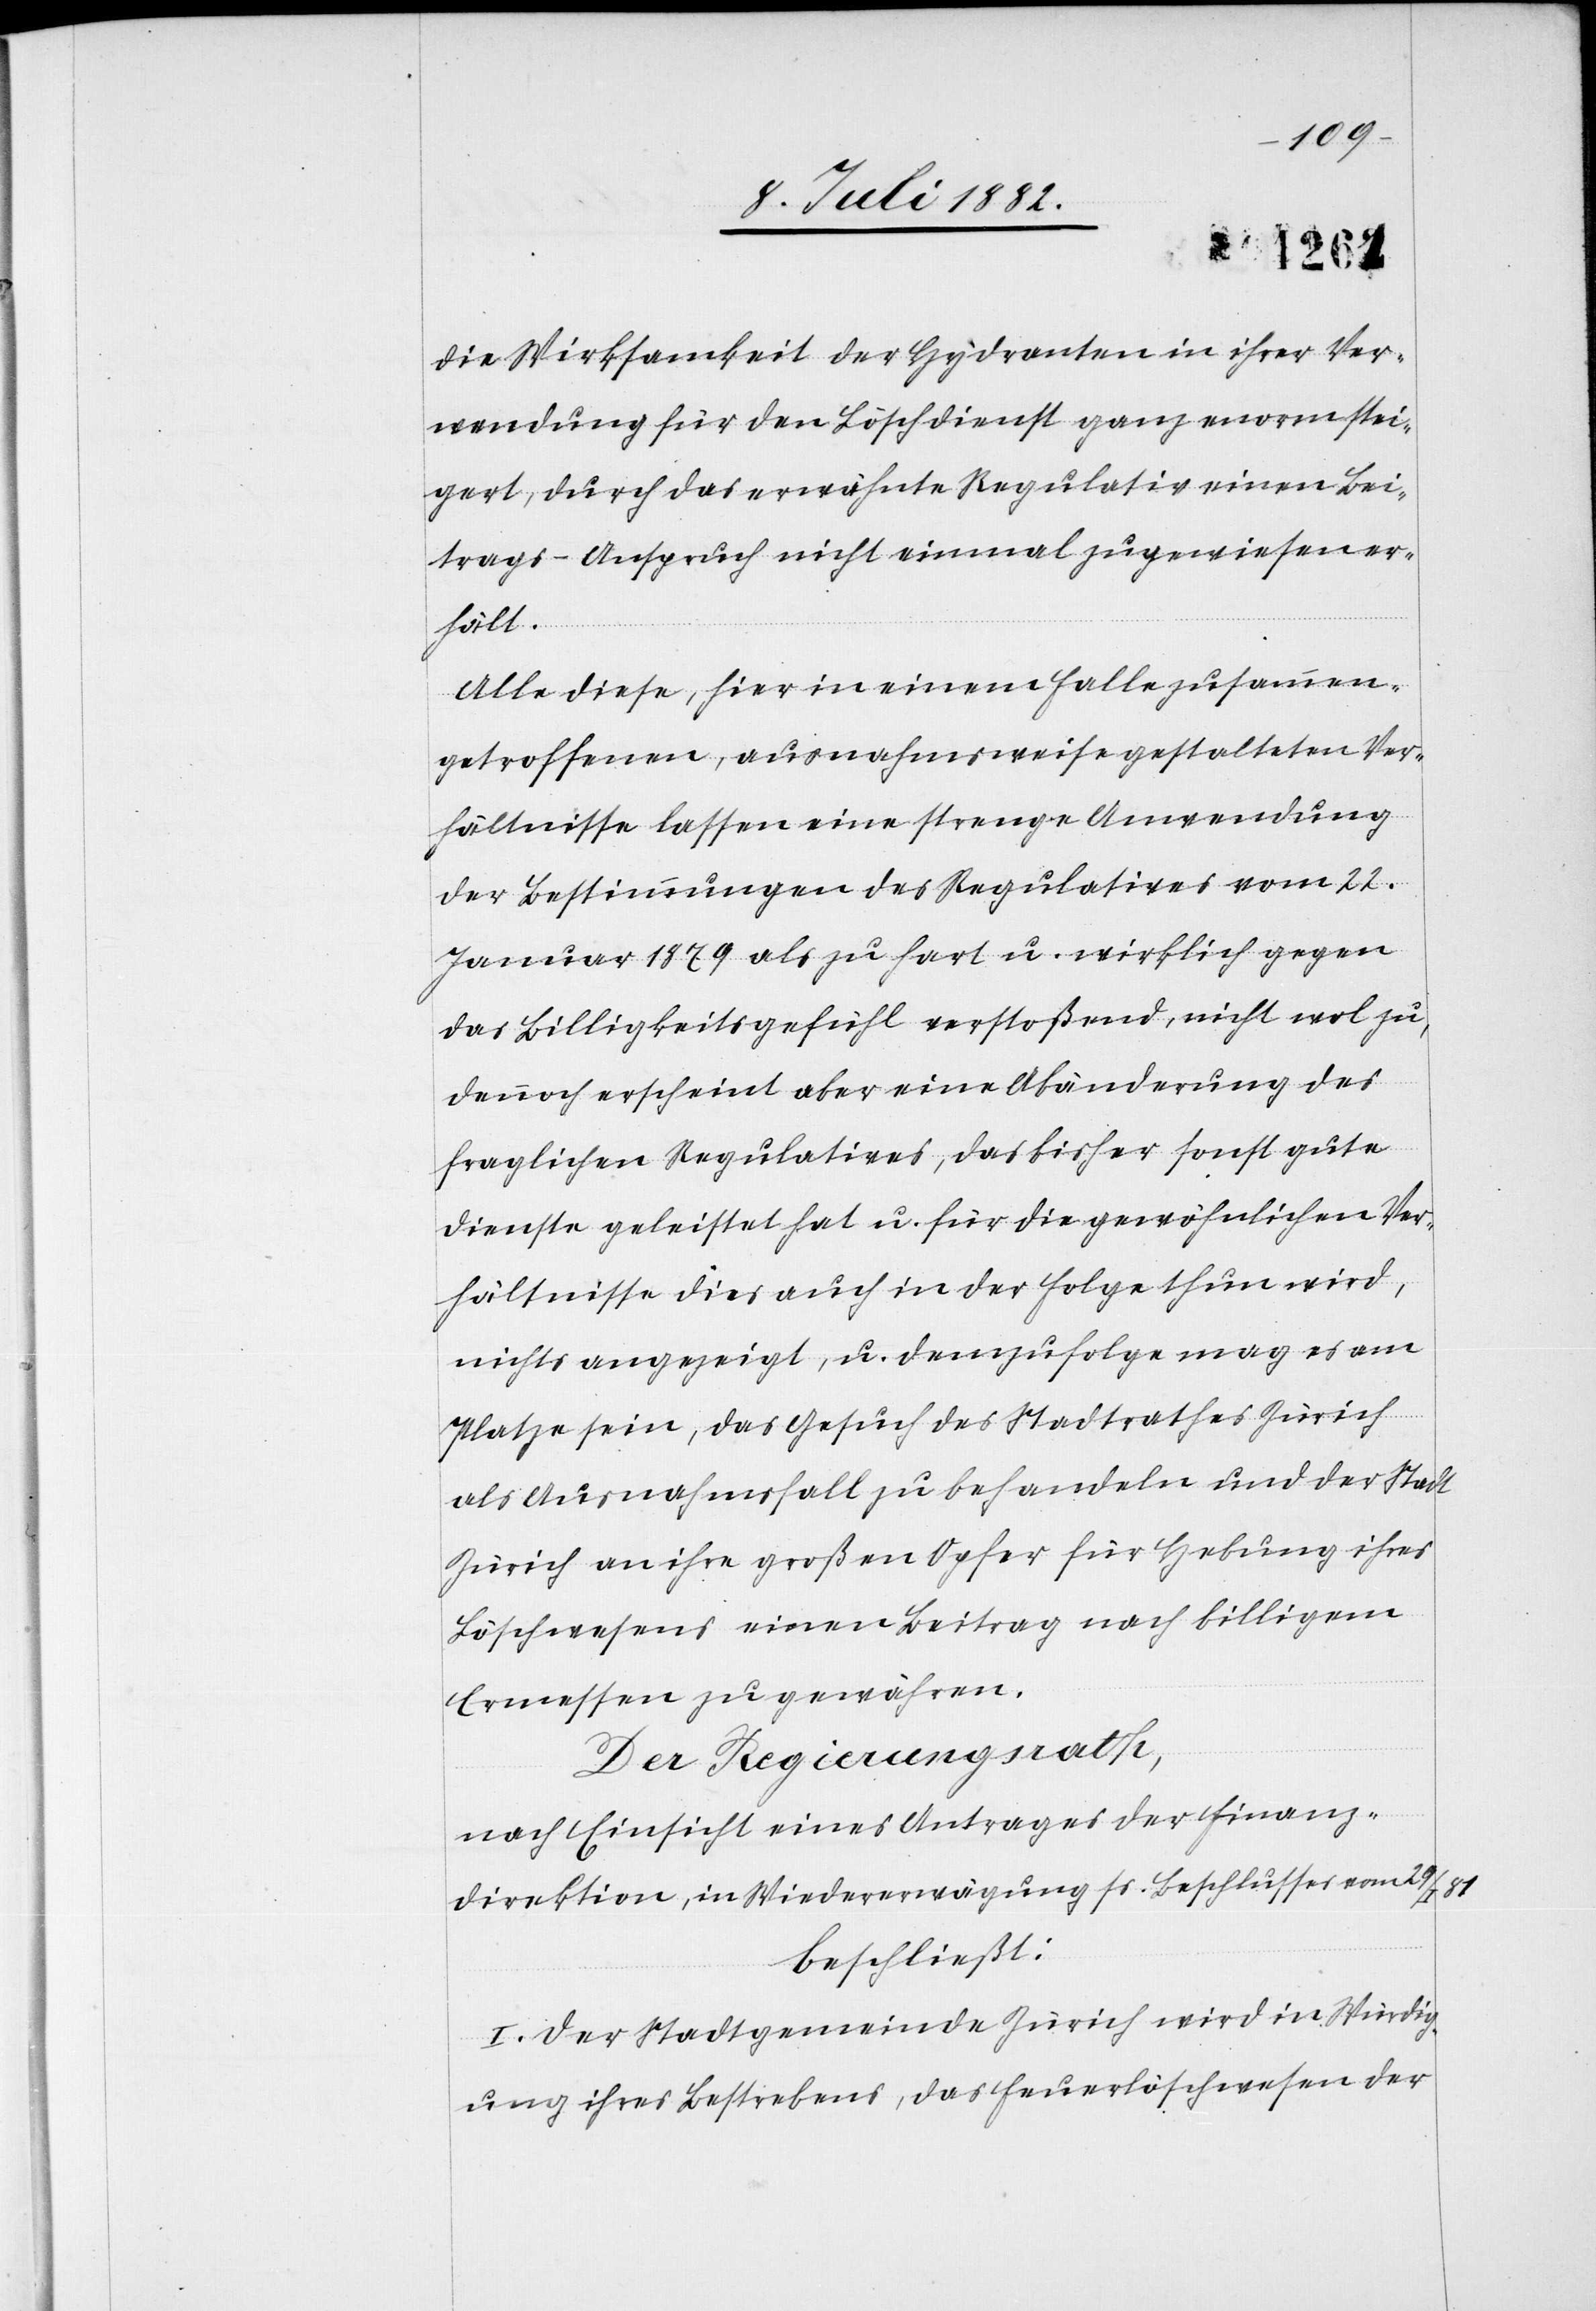
die Wirksamkeit der Hydranten in ihrer Ver¬
wendung für den Löschdienst ganz enorm stei¬
gert, durch das erwähnte Regulativ einen Bei¬
trags-Anspruch nicht einmal zugewiesen er¬
hält.
Alle diese, hier in einem Falle zusammen¬
getroffenen, ausnahmsweise gestalteten Ver¬
hältnisse lassen eine strenge Anwendung
der Bestimmungen des Regulatives vom 22.
Januar 1879 als zu hart u. wirklich gegen
das Billigkeitsgefühl verstoßend, noch wol zu,
dennoch erscheint aber eine Abänderung des
fraglichen Regulatives, das bisher sonst gute
Dienste geleistet hat u. für die gewöhnlichen Ver¬
hältnisse dies auch in der Folge thun wird,
nichts [sic!] angezeigt, u. demzufolge mag es am
Platze sein, das Gesuch des Stadtrathes Zürich
als Ausnahmsfall zu behandeln und der Stadt
Zürich an ihre großen Opfer für Hebung ihres
Löschwesens einen Beitrag nach billigem
Ermessen zu gewähren.
Der Regierungsrath,
nach Einsicht eines Antrages der Finanz¬
direktion, in Wiedererwägung ss. Beschlusses vom 29/I
beschließt:
I. Der Stadtgemeinde Zürich wird in Würdig¬
ung ihres Bestrebens, das Feuerlöschwesen der